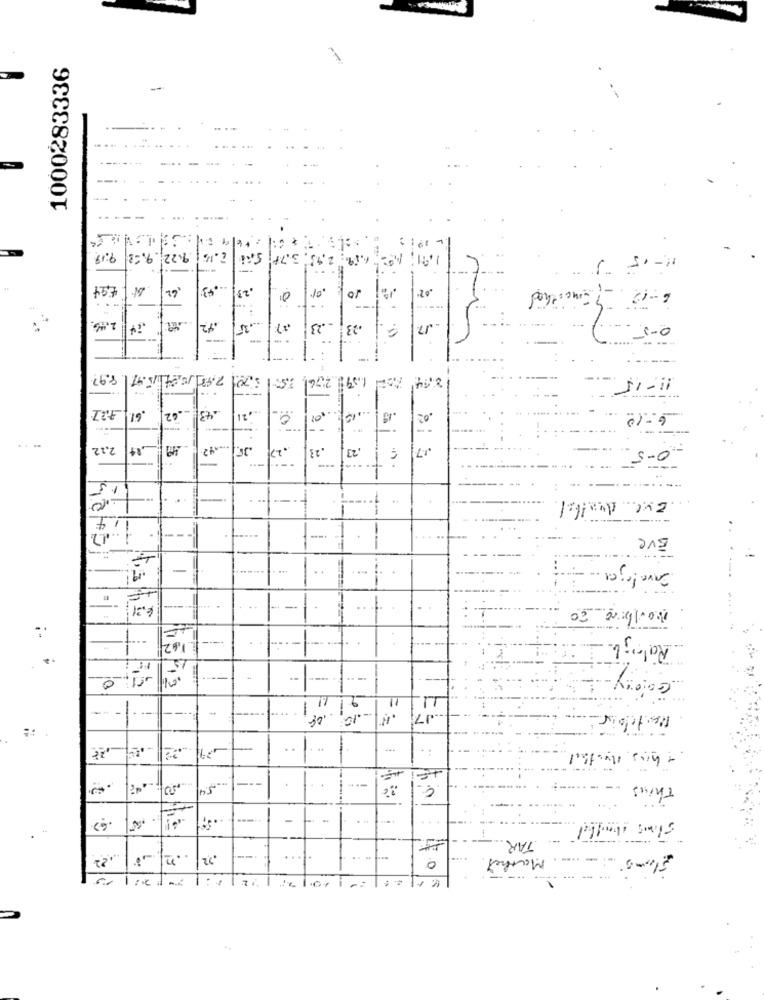
1000283336
-----
-
9:19
9.22 9, - 3
2.43. 3.77
4.19
62
.25
01
10
6-10 gancithed
2.99
0-57
it
42
... 35
-23
23
17
-
5.701 7.48 75 .47 8.97
2.761. 1ST
1.59:
8.64
11- 15
4.27
-- 62
.43
,61.
0
6-10
.. ..
2,12
49
.27
23
,23
0-5
15
1.4
Eve
Invelge
-
4.21
--
1,42
- .
---
energy
--------.
11
-- --
-
-
---
Modelois
--
--
-...
Thins
TAR
,22
.92
Mathel